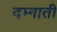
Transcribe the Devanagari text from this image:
दम्नाती